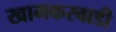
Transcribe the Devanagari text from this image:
खामकरवाडी